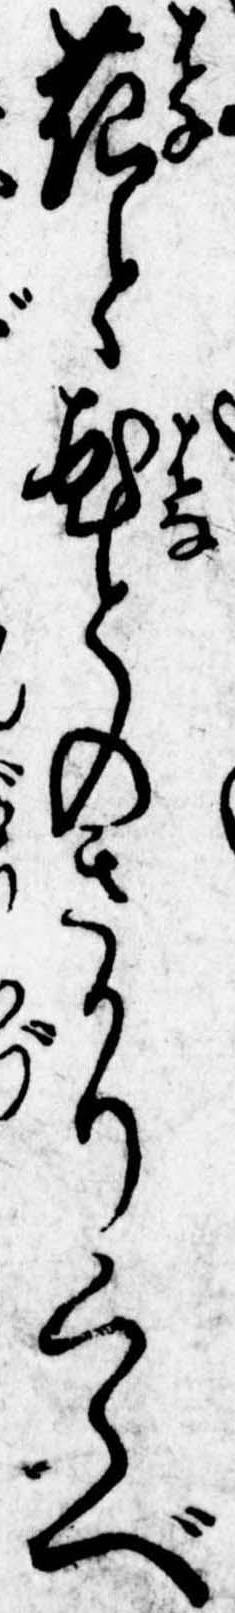
花と花とのさかりくらべ